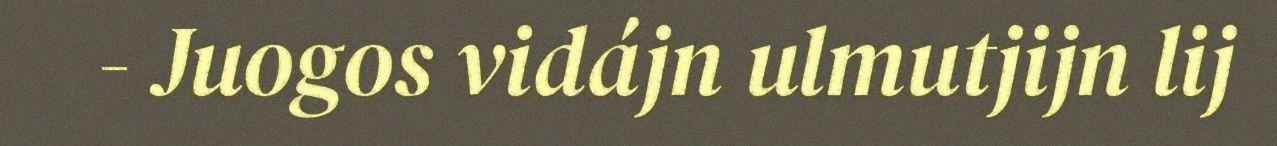
- Juogos vidájn ulmutjijn lij